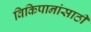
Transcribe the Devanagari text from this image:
विकिपानांसाठी